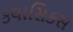
કલાસિકસ